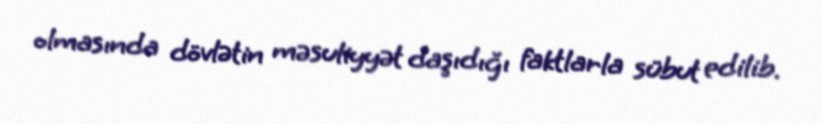
olmasında dövlətin məsuliyyət daşıdığı faktlarla sübut edilib.